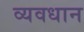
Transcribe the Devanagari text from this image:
व्‍यवधान